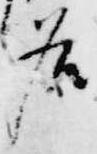
名